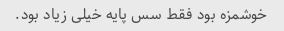
خوشمزه بود فقط سس پایه خیلی زیاد بود.